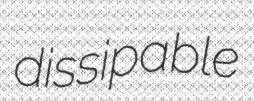
dissipable